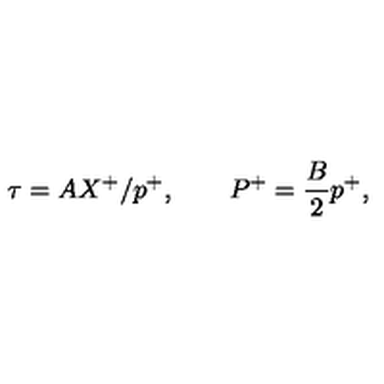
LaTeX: \tau = A X ^ { + } / p ^ { + } , \quad \quad P ^ { + } = \frac { B } { 2 } p ^ { + } ,